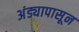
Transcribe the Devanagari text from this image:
अंड्यापासून